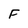
Character: F